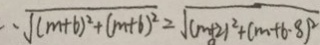
\cdot \sqrt { ( m + 6 ) ^ { 2 } + ( m + 6 ) ^ { 2 } } = \sqrt { ( m + 2 ) ^ { 2 } + ( m + 6 - 8 ) ^ { 2 } }